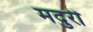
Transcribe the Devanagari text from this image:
मदुरी